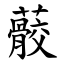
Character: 䕧